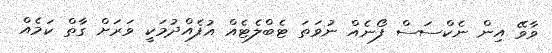
ވާވޭ އިން ނެކްސަސް ފޯނެއް ނުވަތަ ޓެބްލެޓެއް އުފެއްދުމަކީ ވަރަށް ގާތް ކަމެއް